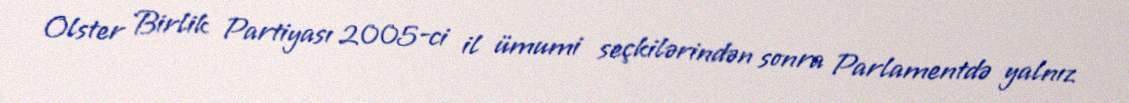
Olster Birlik Partiyası 2005-ci il ümumi seçkilərindən sonra Parlamentdə yalnız